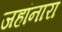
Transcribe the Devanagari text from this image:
जहांनारा